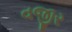
વજીર